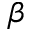
\beta